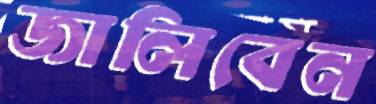
জালিবেন